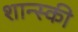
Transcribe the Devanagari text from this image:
शान्स्की